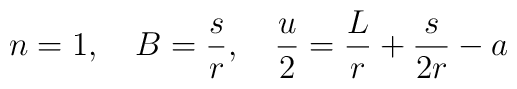
n=1,~~~B={s\over r},~~~{u\over 2}={L\over r}+{s\over 2r}-a